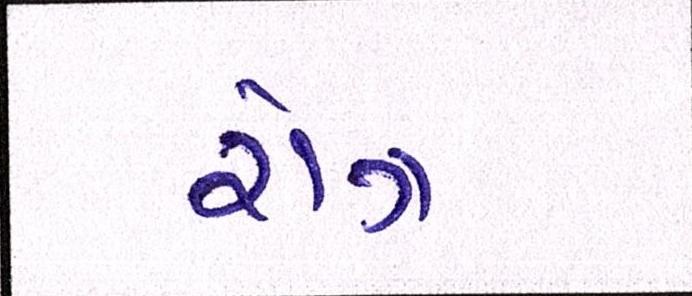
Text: રોગ